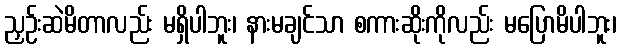
ညှဉ်းဆဲမိတာလည်း မရှိပါဘူး၊ နားမချင်သာ စကားဆိုးကိုလည်း မပြောမိပါဘူး၊